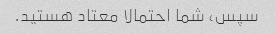
سپس، شما احتمالا معتاد هستید.